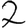
Digit: 2